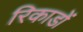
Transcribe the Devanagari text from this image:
रिकाडों